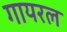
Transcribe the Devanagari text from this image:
गायरल